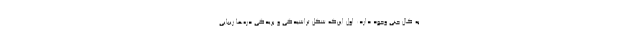
به کال جنی وجود دارد: اول این‌که شکل تراشیدگی و بریدگی دره‌ها زیبایی